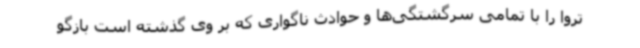
تروا را با تمامی سرگشتگی‌ها و حوادث ناگواری که بر وی گذشته است بازگو